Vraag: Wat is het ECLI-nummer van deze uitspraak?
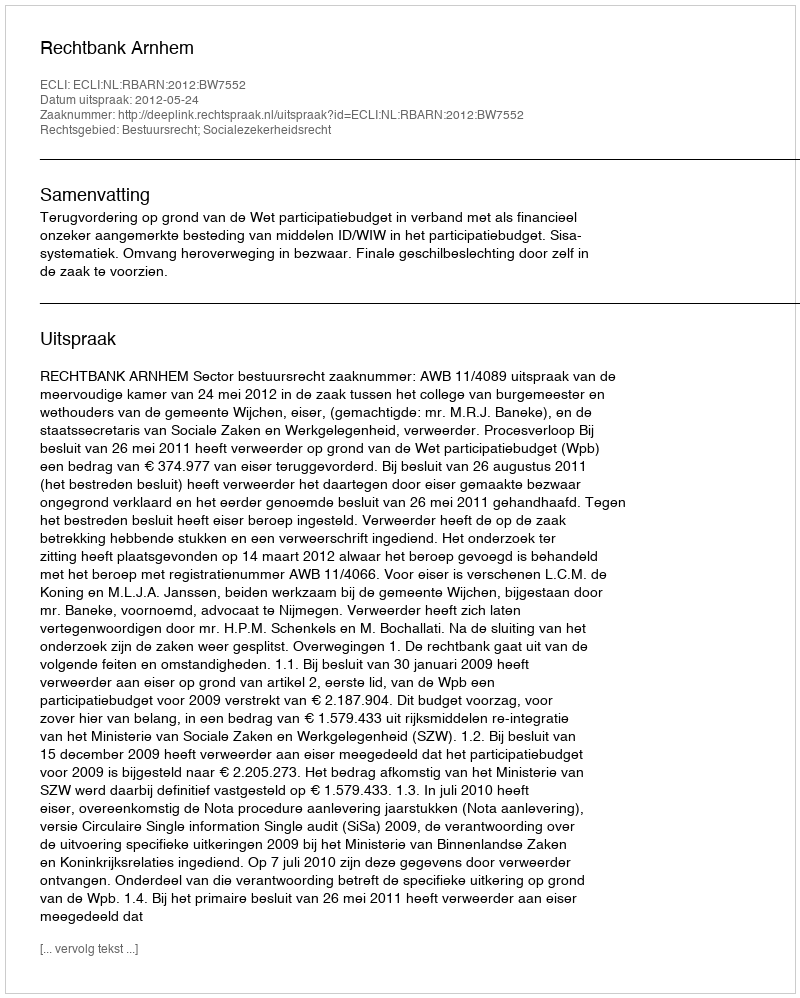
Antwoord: ECLI:NL:RBARN:2012:BW7552